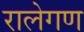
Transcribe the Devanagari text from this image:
रालेगण